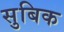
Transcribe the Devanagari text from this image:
सुबिक